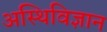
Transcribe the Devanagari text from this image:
अस्थिविज्ञान